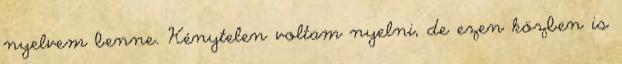
nyelvem benne. Kénytelen voltam nyelni, de ezen közben is